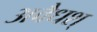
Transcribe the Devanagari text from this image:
अवैधश्